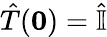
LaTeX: {\hat{T}}(\mathbf{0})={\hat{\mathbb{I}}}